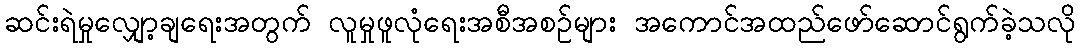
ဆင်းရဲမှုလျှော့ချရေးအတွက် လူမှုဖူလုံရေးအစီအစဉ်များ အကောင်အထည်ဖော်ဆောင်ရွက်ခဲ့သလို